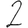
Digit: 2